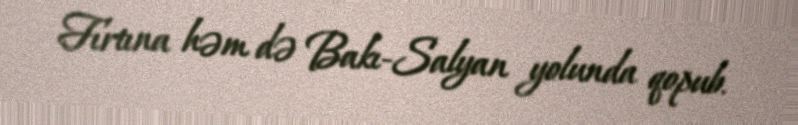
Fırtına həm də Bakı-Salyan yolunda qopub.